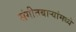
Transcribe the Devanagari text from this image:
संगीतबार्‍यांमध्ये